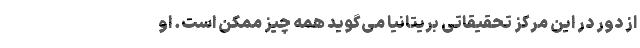
از دور در این مرکز تحقیقاتی بریتانیا می‌گوید همه چیز ممکن است. او